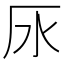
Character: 𣱷